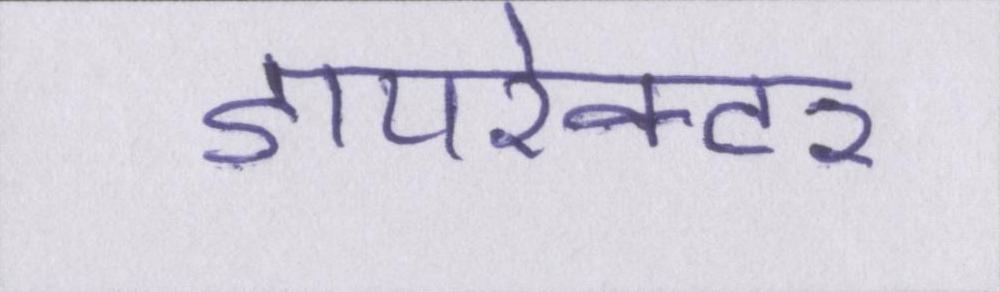
डायरेक्टर